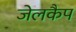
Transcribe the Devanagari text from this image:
जेलकैप